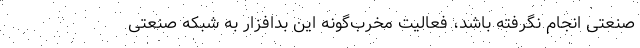
صنعتی انجام نگرفته باشد، فعالیت مخرب‌گونه این بدافزار به شبکه صنعتی